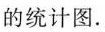
的统计图.